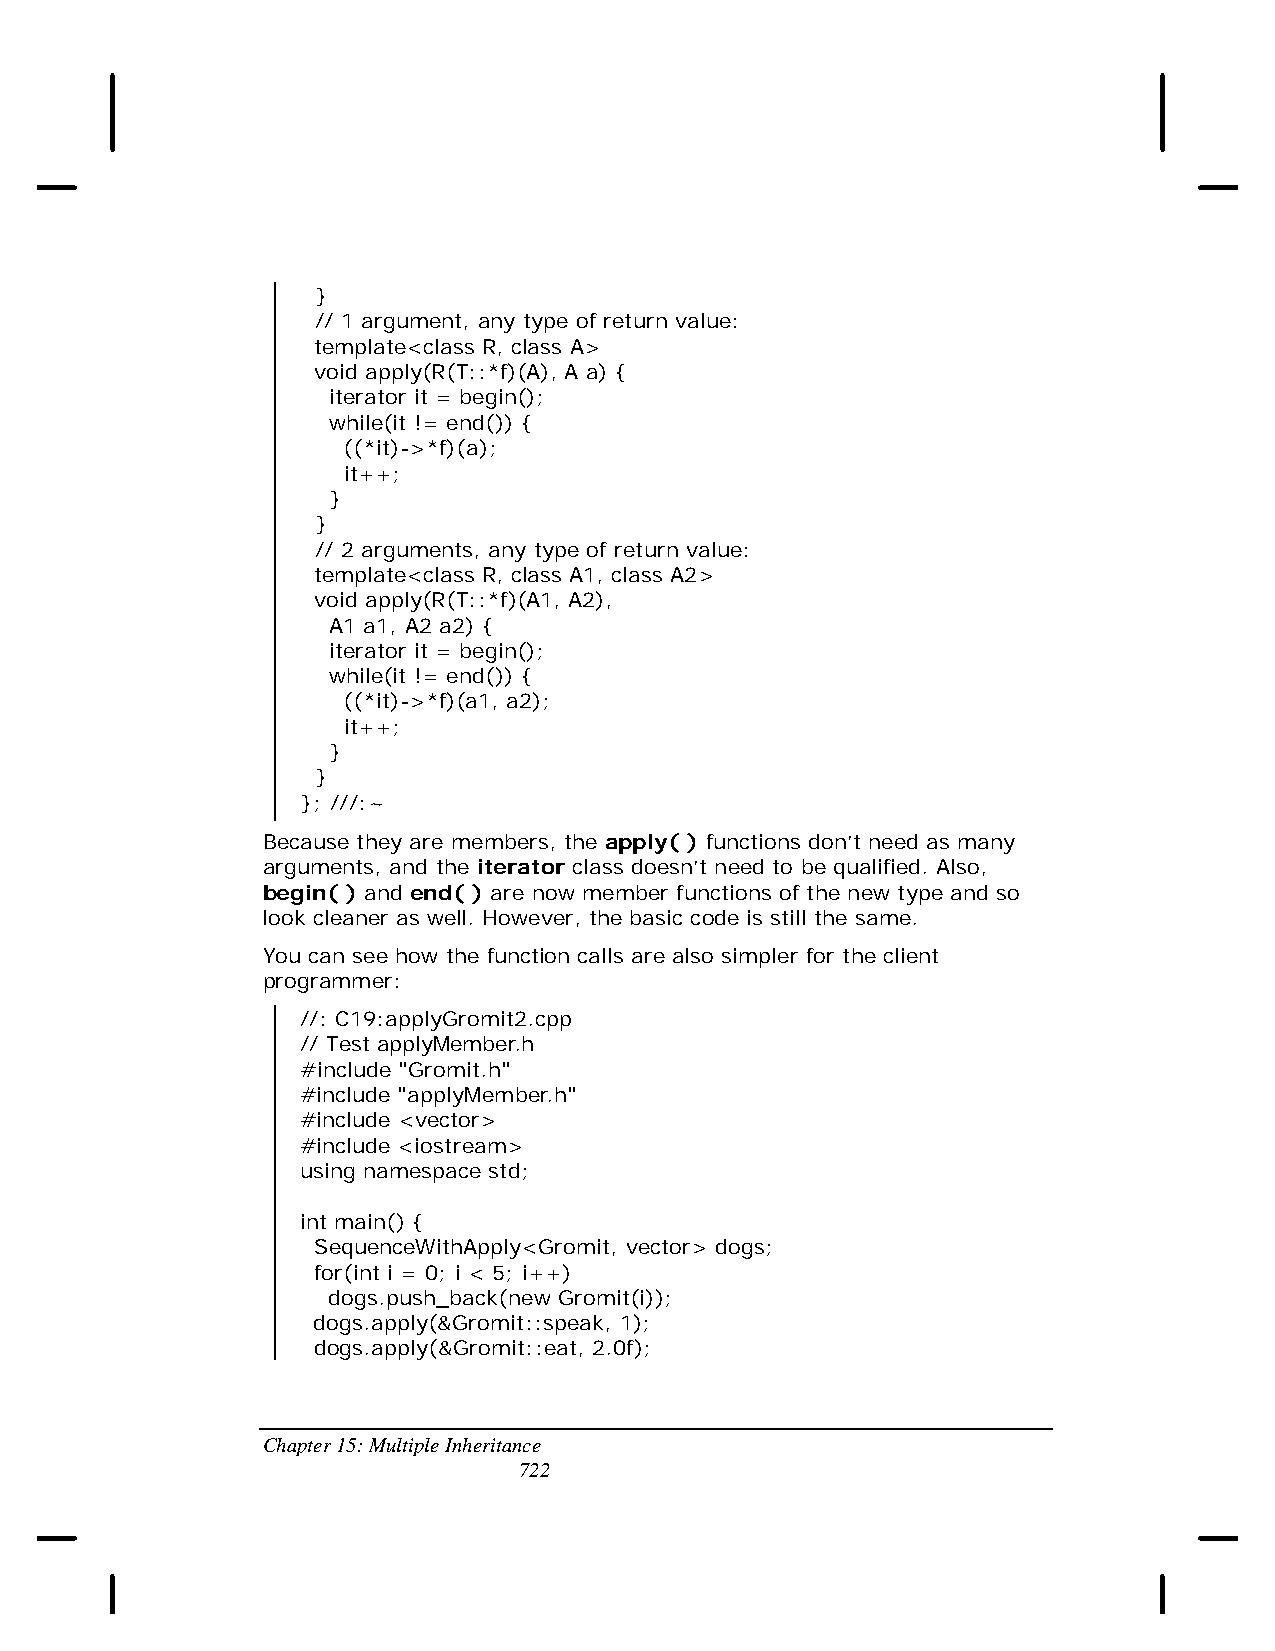
}
 // 1 argument, any type of return value:
 template<class R, class A>
 void apply(R(T::*f)(A), A a) {
 iterator it = begin();
 while(it != end()) {
 ((*it)->*f)(a);
 it++;
 }
 }
 // 2 arguments, any type of return value:
 template<class R, class A1, class A2>
 void apply(R(T::*f)(A1, A2),
 A1 a1, A2 a2) {
 iterator it = begin();
 while(it != end()) {
 ((*it)->*f)(a1, a2);
 it++;
 }
 }
 }; ///:~
 Because they are members, the apply( ) functions don’t need as many
 arguments, and the iterator class doesn’t need to be qualified. Also,
 begin( ) and end( ) are now member functions of the new type and so
 look cleaner as well. However, the basic code is still the same.
 You can see how the function calls are also simpler for the client
 programmer:
 //: C19:applyGromit2.cpp
 // Test applyMember.h
 #include "Gromit.h"
 #include "applyMember.h"
 #include <vector>
 #include <iostream>
 using namespace std;
 int main() {
 SequenceWithApply<Gromit, vector> dogs;
 for(int i = 0; i < 5; i++)
 dogs.push_back(new Gromit(i));
 dogs.apply(&Gromit::speak, 1);
 dogs.apply(&Gromit::eat, 2.0f);
 Chapter 15: Multiple Inheritance
 722